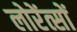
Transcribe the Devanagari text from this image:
लोरेंत्सों